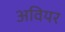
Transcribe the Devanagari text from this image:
अवियर